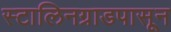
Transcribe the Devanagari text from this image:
स्टालिनग्राडपासून